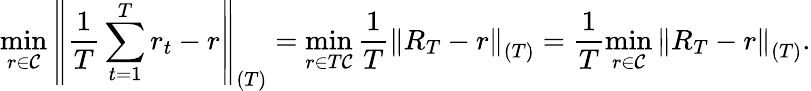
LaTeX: \operatorname*{min}_{r\in\mathcal{C}}\left\| \frac{1}{T}\sum_{t=1}^{T}r_{t}-r\right\| _{(T)}=\operatorname*{min}_{r\in T\mathcal{C}}\frac{1}{T}\left\| R_{T}-r\right\| _{(T)}=\frac{1}{T}\operatorname*{min}_{r\in\mathcal{C}}\left\| R_{T}-r\right\| _{(T)}.